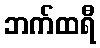
ဘက်ထရီ